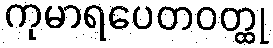
ကုမာရပေတဝတ္ထု